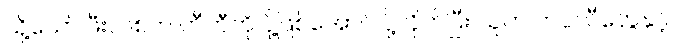
သို့သော် ဖီးလစ်က တီဘီကို ပို့ဖြစ်အောင် ပို့လိုက်ပြီး သူက ကပ္ပလီတွေနှင့်